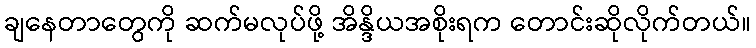
ချနေတာတွေကို ဆက်မလုပ်ဖို့ အိန္ဒိယအစိုးရက တောင်းဆိုလိုက်တယ်။